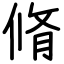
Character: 脩